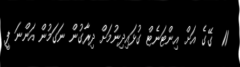
11  ގޭގެ އަށް އިންޓަނެޓް ގުޅައިދިނުމަށް ދިރާގުން ނަގަމުން އަންނަ ފީ